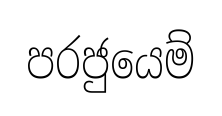
පරජුයෙම්